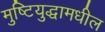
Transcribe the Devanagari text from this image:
मुष्टियुद्धामधील